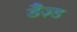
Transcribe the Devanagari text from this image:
डैज़्ड